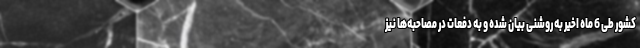
کشور طی 6 ماه اخیر به روشنی بیان شده و به دفعات در مصاحبه‌‌ها نیز